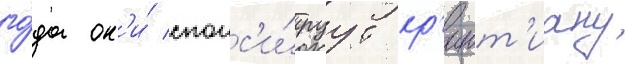
го́да он'и́ спонс'и́руут кр'ишт'иану